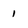
Character: 1